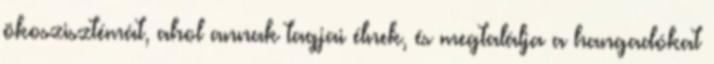
ökoszisztémát, ahol annak tagjai élnek, és megtalálja a hangadókat